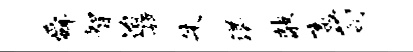
舜智迨嫦朱漾敲畜苟